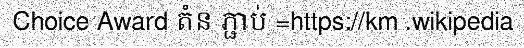
Choice Award តំន ភ្ជាប់ =https://km .wikipedia